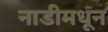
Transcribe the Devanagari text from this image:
नाडीमधून